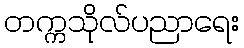
တက္ကသိုလ်ပညာရေး